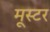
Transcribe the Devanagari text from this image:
मूस्टर